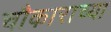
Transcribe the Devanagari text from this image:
चौकाराच्या